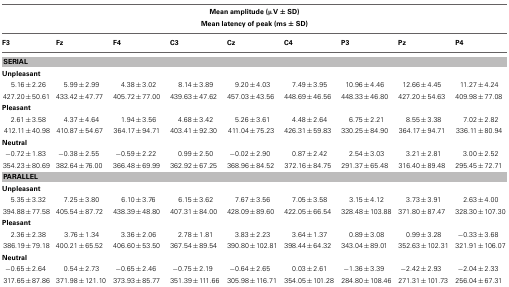
<table><thead><tr><td colspan="9"><b>Mean amplitude (μV ± SD)</b></td></tr><tr><td colspan="9"><b>Mean latency of peak (ms ± SD)</b></td></tr></thead><tbody><tr><td><b>F3</b></td><td><b>Fz</b></td><td><b>F4</b></td><td><b>C3</b></td><td><b>Cz</b></td><td><b>C4</b></td><td><b>P3</b></td><td><b>Pz</b></td><td><b>P4</b></td></tr><tr><td colspan="9"><b>SERIAL</b></td></tr><tr><td colspan="9"><b>Unpleasant</b></td></tr><tr><td>5.16 ± 2.26</td><td>5.99 ± 2.99</td><td>4.38 ± 3.02</td><td>8.14 ± 3.89</td><td>9.20 ± 4.03</td><td>7.49 ± 3.95</td><td>10.96 ± 4.46</td><td>12.66 ± 4.45</td><td>11.27 ± 4.24</td></tr><tr><td>427.20 ± 50.61</td><td>433.42 ± 47.77</td><td>405.72 ± 77.00</td><td>439.63 ± 47.62</td><td>457.03 ± 43.56</td><td>448.69 ± 46.56</td><td>448.33 ± 46.80</td><td>427.20 ± 54.63</td><td>409.98 ± 77.08</td></tr><tr><td colspan="9"><b>Pleasant</b></td></tr><tr><td>2.61 ± 3.58</td><td>4.37 ± 4.64</td><td>1.94 ± 3.56</td><td>4.68 ± 3.42</td><td>5.26 ± 3.61</td><td>4.48 ± 2.64</td><td>6.75 ± 2.21</td><td>8.55 ± 3.38</td><td>7.02 ± 2.82</td></tr><tr><td>412.11 ± 40.98</td><td>410.87 ± 54.67</td><td>364.17 ± 94.71</td><td>403.41 ± 92.30</td><td>411.04 ± 75.23</td><td>426.31 ± 59.83</td><td>330.25 ± 84.90</td><td>364.17 ± 94.71</td><td>336.11 ± 80.94</td></tr><tr><td colspan="9"><b>Neutral</b></td></tr><tr><td>−0.72 ± 1.83</td><td>−0.38 ± 2.55</td><td>−0.59 ± 2.22</td><td>0.99 ± 2.50</td><td>−0.02 ± 2.90</td><td>0.87 ± 2.42</td><td>2.54 ± 3.03</td><td>3.21 ± 2.81</td><td>3.00 ± 2.52</td></tr><tr><td>354.23 ± 80.69</td><td>382.64 ± 76.00</td><td>366.48 ± 69.99</td><td>362.92 ± 67.25</td><td>368.96 ± 84.52</td><td>372.16 ± 84.75</td><td>291.37 ± 65.48</td><td>316.40 ± 89.48</td><td>295.45 ± 72.71</td></tr><tr><td colspan="9"><b>PARALLEL</b></td></tr><tr><td colspan="9"><b>Unpleasant</b></td></tr><tr><td>5.35 ± 3.32</td><td>7.25 ± 3.80</td><td>6.10 ± 3.76</td><td>6.15 ± 3.62</td><td>7.67 ± 3.56</td><td>7.05 ± 3.58</td><td>3.15 ± 4.12</td><td>3.73 ± 3.91</td><td>2.63 ± 4.00</td></tr><tr><td>394.88 ± 77.58</td><td>405.54 ± 87.72</td><td>438.39 ± 48.80</td><td>407.31 ± 84.00</td><td>428.09 ± 89.60</td><td>422.05 ± 66.54</td><td>328.48 ± 103.88</td><td>371.80 ± 87.47</td><td>328.30 ± 107.30</td></tr><tr><td colspan="9"><b>Pleasant</b></td></tr><tr><td>2.36 ± 2.38</td><td>3.76 ± 1.34</td><td>3.36 ± 2.06</td><td>2.78 ± 1.81</td><td>3.83 ± 2.23</td><td>3.64 ± 1.37</td><td>0.89 ± 3.08</td><td>0.99 ± 3.28</td><td>−0.33 ± 3.68</td></tr><tr><td>386.19 ± 79.18</td><td>400.21 ± 65.52</td><td>406.60 ± 53.50</td><td>367.54 ± 89.54</td><td>390.80 ± 102.81</td><td>398.44 ± 64.32</td><td>343.04 ± 89.01</td><td>352.63 ± 102.31</td><td>321.91 ± 106.07</td></tr><tr><td colspan="9"><b>Neutral</b></td></tr><tr><td>−0.65 ± 2.64</td><td>0.54 ± 2.73</td><td>−0.65 ± 2.46</td><td>−0.75 ± 2.19</td><td>−0.64 ± 2.65</td><td>0.03 ± 2.61</td><td>−1.36 ± 3.39</td><td>−2.42 ± 2.93</td><td>−2.04 ± 2.33</td></tr><tr><td>317.65 ± 87.86</td><td>371.98 ± 121.10</td><td>373.93 ± 85.77</td><td>351.39 ± 111.66</td><td>305.98 ± 116.71</td><td>354.05 ± 101.28</td><td>284.80 ± 108.46</td><td>271.31 ± 101.73</td><td>256.04 ± 67.31</td></tr></tbody></table>